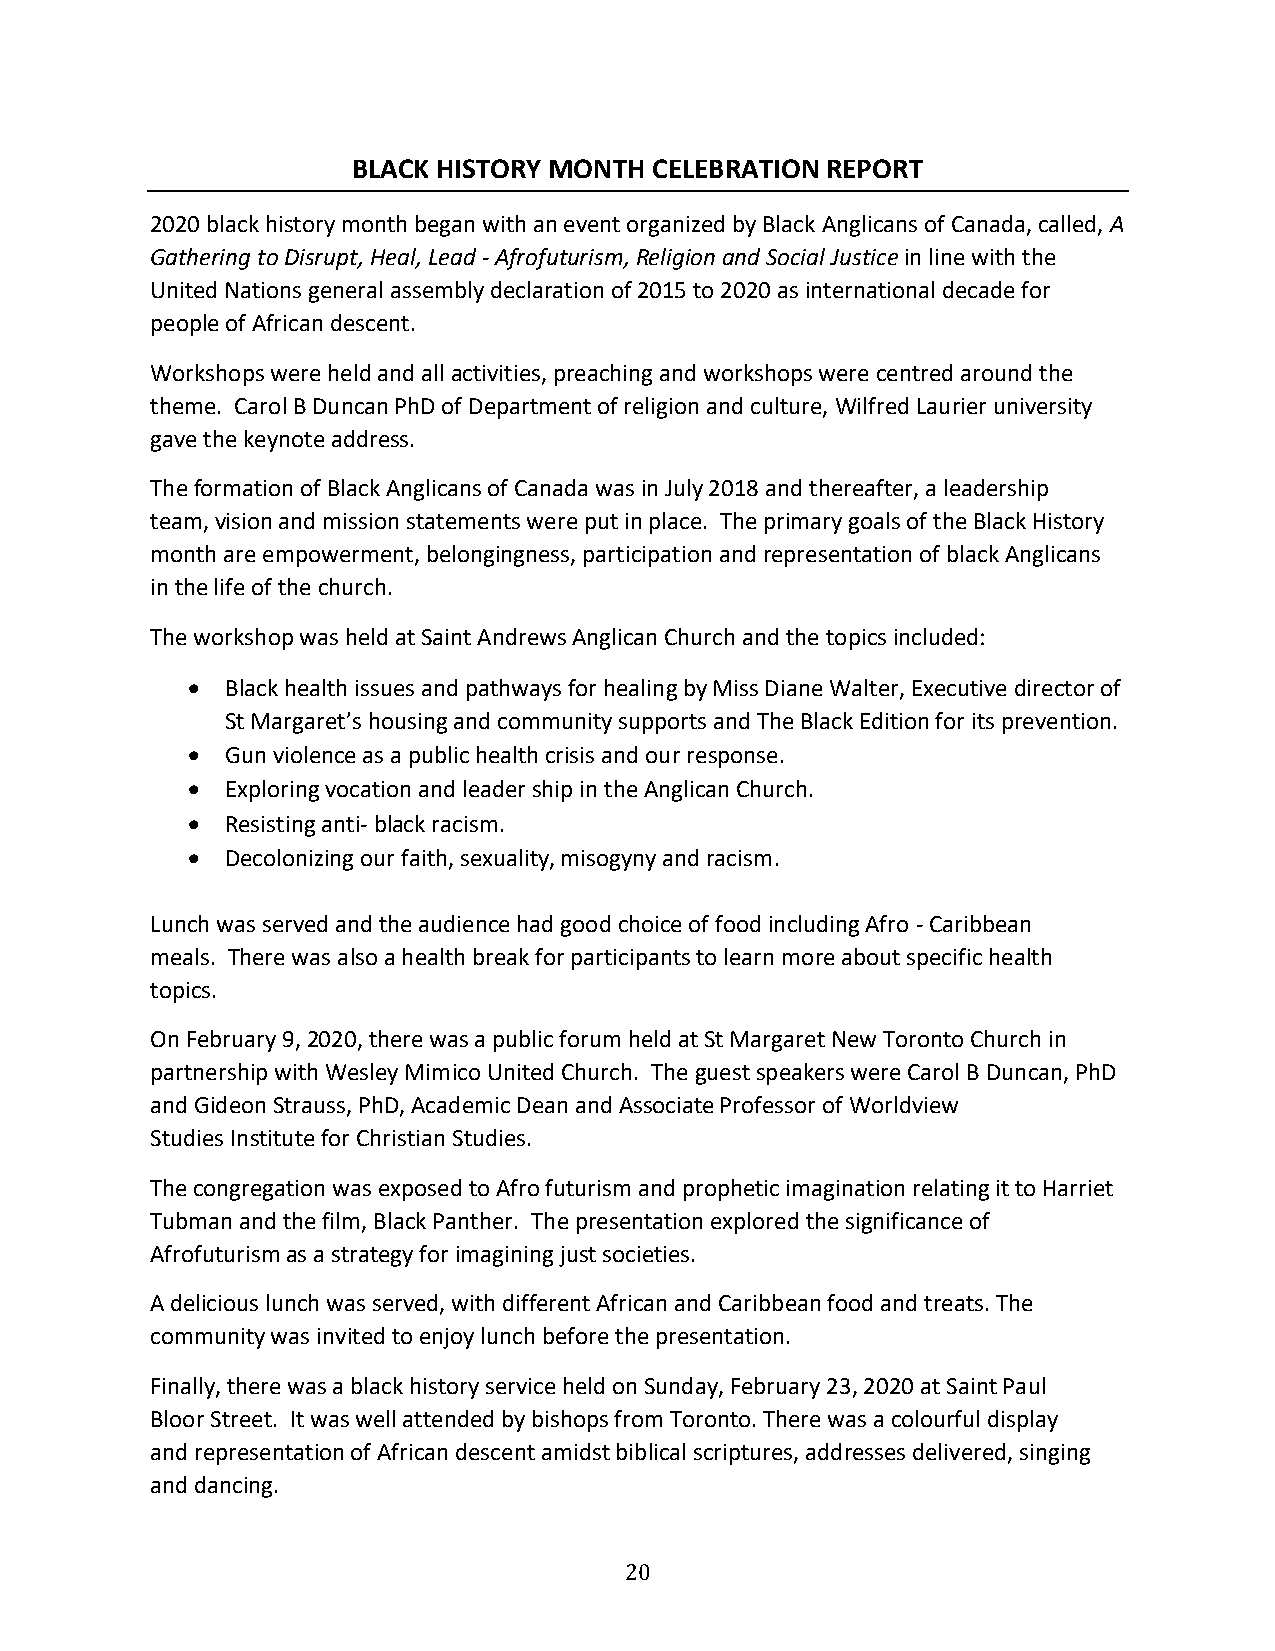
BLACK HISTORY MONTH CELEBRATION REPORT
 2020 black history month began with an event organized by Black Anglicans of Canada, called, A
 Gathering to Disrupt, Heal, Lead - Afrofuturism, Religion and Social Justice in line with the
 United Nations general assembly declaration of 2015 to 2020 as international decade for
 people of African descent.
 Workshops were held and all activities, preaching and workshops were centred around the
 theme. Carol B Duncan PhD of Department of religion and culture, Wilfred Laurier university
 gave the keynote address.
 The formation of Black Anglicans of Canada was in July 2018 and thereafter, a leadership
 team, vision and mission statements were put in place. The primary goals of the Black History
 month are empowerment, belongingness, participation and representation of black Anglicans
 in the life of the church.
 The workshop was held at Saint Andrews Anglican Church and the topics included:
 •  Black health issues and pathways for healing by Miss Diane Walter, Executive director of
 St Margaret’s housing and community supports and The Black Edition for its prevention.
 •  Gun violence as a public health crisis and our response.
 •  Exploring vocation and leader ship in the Anglican Church.
 •  Resisting anti- black racism.
 •  Decolonizing our faith, sexuality, misogyny and racism.
 Lunch was served and the audience had good choice of food including Afro - Caribbean
 meals. There was also a health break for participants to learn more about specific health
 topics.
 On February 9, 2020, there was a public forum held at St Margaret New Toronto Church in
 partnership with Wesley Mimico United Church. The guest speakers were Carol B Duncan, PhD
 and Gideon Strauss, PhD, Academic Dean and Associate Professor of Worldview
 Studies Institute for Christian Studies.
 The congregation was exposed to Afro futurism and prophetic imagination relating it to Harriet
 Tubman and the film, Black Panther. The presentation explored the significance of
 Afrofuturism as a strategy for imagining just societies.
 A delicious lunch was served, with different African and Caribbean food and treats. The
 community was invited to enjoy lunch before the presentation.
 Finally, there was a black history service held on Sunday, February 23, 2020 at Saint Paul
 Bloor Street. It was well attended by bishops from Toronto. There was a colourful display
 and representation of African descent amidst biblical scriptures, addresses delivered, singing
 and dancing.
 20